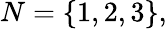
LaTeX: N=\{ 1,2,3\} ,